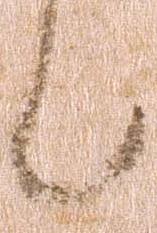
候